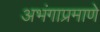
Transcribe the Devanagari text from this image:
अभंगाप्रमाणे